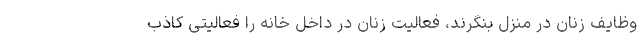
وظایف زنان در منزل بنگرند، فعالیت زنان در داخل خانه را فعالیتی کاذب